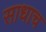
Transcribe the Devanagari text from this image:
साधाच